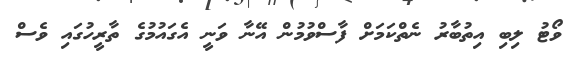
ވޯޓު ލިބި އިތުބާރު ނެތްކަމަށް ފާސްވުމުން އޭނާ ވަނީ އެގައުމުގެ ތާރީހުގައި ވެސް